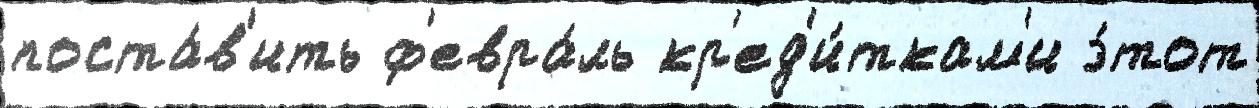
поста́в'ить ф'евра́ль кр'ед'и́ткам'и э́тот